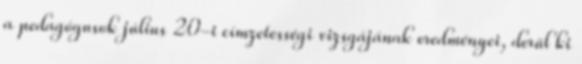
a pedagógusok július 20-i címzetességi vizsgájának eredményei, derül ki